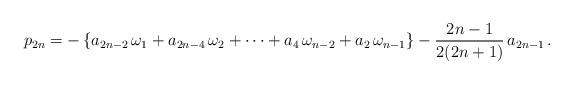
LaTeX: \begin{align*}p_{2n}=-\left\{a_{2n-2}\,\omega_1+a_{2n-4}\,\omega_2+\cdots+a_4\,\omega_{n-2}+a_2\,\omega_{n-1}\right\}-\frac{2n-1}{2(2n+1)}\,a_{2n-1}\,.\end{align*}